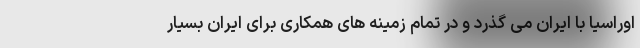
اوراسیا با ایران می گذرد و در تمام زمینه های همکاری برای ایران بسیار